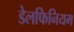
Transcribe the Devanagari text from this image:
डेलफिनियम